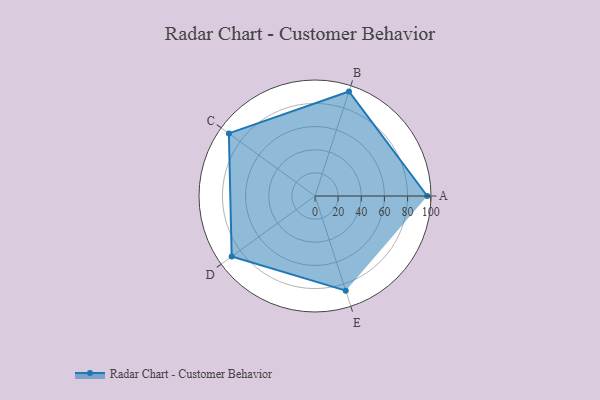
{"axis": {"x": "Skill", "y": "Score"}, "legend": ["Profile"], "data": [{"x": "A", "y": 97.0, "type": "Profile"}, {"x": "B", "y": 95.0, "type": "Profile"}, {"x": "C", "y": 92.0, "type": "Profile"}, {"x": "D", "y": 89.0, "type": "Profile"}, {"x": "E", "y": 86.0, "type": "Profile"}]}